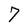
Character: 7